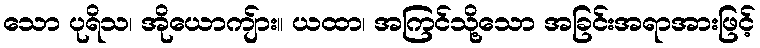
သော ပုရိသ၊ အိုယောကျ်ား။ ယထာ၊ အကြင်သို့သော အခြင်းအရာအားဖြင့်